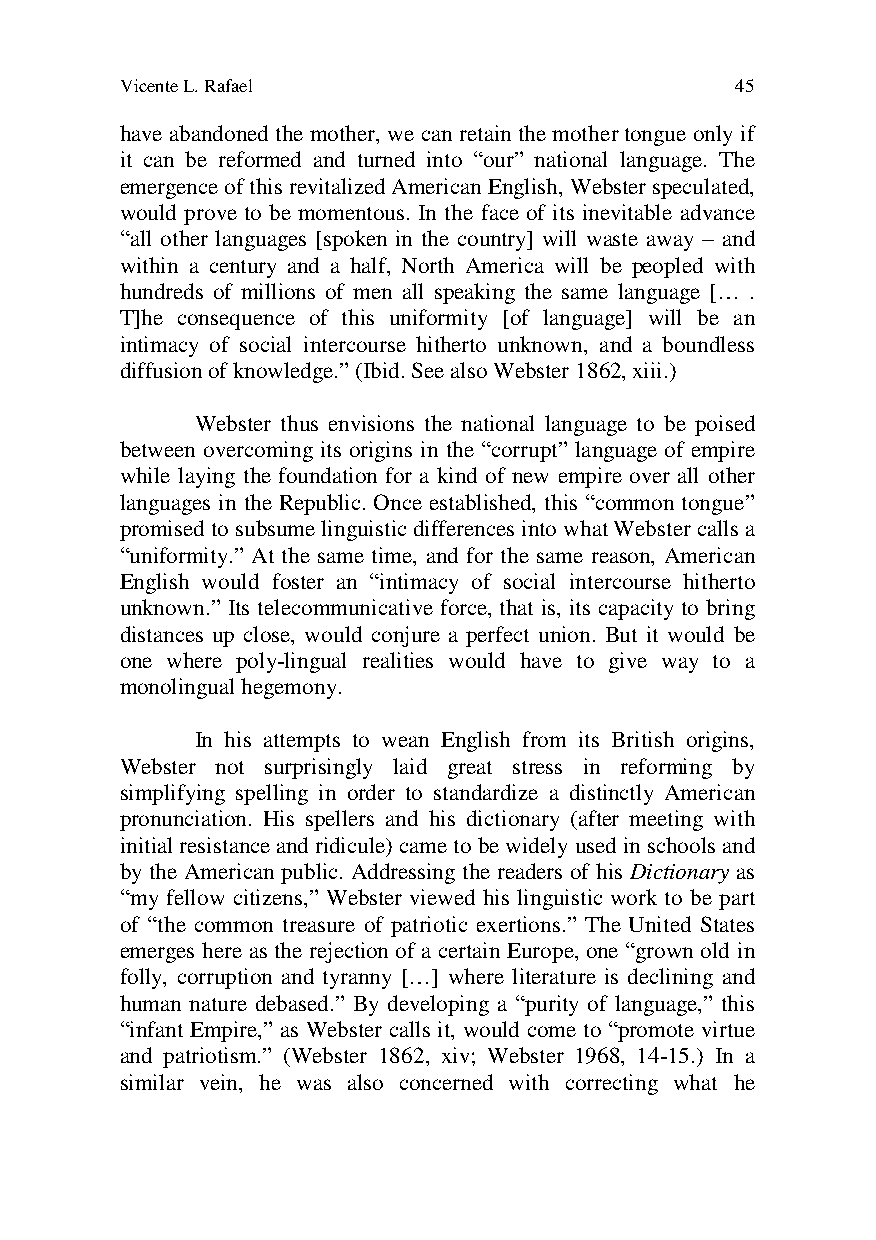
Vicente L. Rafael                        45
 have abandoned the mother, we can retain the mother tongue only if
 it can be reformed and turned into “our” national language. The
 emergence of this revitalized American English, Webster speculated,
 would prove to be momentous. In the face of its inevitable advance
 “all other languages [spoken in the country] will waste away – and
 within a century and a half, North America will be peopled with
 hundreds of millions of men all speaking the same language [… .
 T]he consequence of this uniformity [of language] will be an
 intimacy of social intercourse hitherto unknown, and a boundless
 diffusion of knowledge.” (Ibid. See also Webster 1862, xiii.)
 Webster thus envisions the national language to be poised
 between overcoming its origins in the “corrupt” language of empire
 while laying the foundation for a kind of new empire over all other
 languages in the Republic. Once established, this “common tongue”
 promised to subsume linguistic differences into what Webster calls a
 “uniformity.” At the same time, and for the same reason, American
 English would foster an “intimacy of social intercourse hitherto
 unknown.” Its telecommunicative force, that is, its capacity to bring
 distances up close, would conjure a perfect union. But it would be
 one where poly-lingual realities would have to give way to a
 monolingual hegemony.
 In his attempts to wean English from its British origins,
 Webster not surprisingly laid great stress in reforming by
 simplifying spelling in order to standardize a distinctly American
 pronunciation. His spellers and his dictionary (after meeting with
 initial resistance and ridicule) came to be widely used in schools and
 by the American public. Addressing the readers of his Dictionary as
 “my fellow citizens,” Webster viewed his linguistic work to be part
 of “the common treasure of patriotic exertions.” The United States
 emerges here as the rejection of a certain Europe, one “grown old in
 folly, corruption and tyranny […] where literature is declining and
 human nature debased.” By developing a “purity of language,” this
 “infant Empire,” as Webster calls it, would come to “promote virtue
 and patriotism.” (Webster 1862, xiv; Webster 1968, 14-15.) In a
 similar vein, he was also concerned with correcting what he